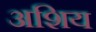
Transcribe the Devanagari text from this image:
अशिय